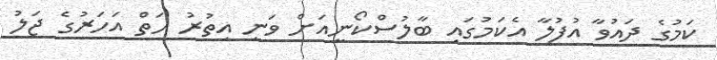
ކަމުގެ ދައުވާ އުފުލާ އެކަމުގައި ބާލުސްކޯނީއަށް ވަނީ އިތުރު ހަތް އަހަރުގެ ޖަލު